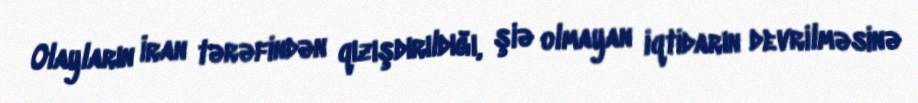
Olayların İran tərəfindən qızışdırıldığı, şiə olmayan iqtidarın devrilməsinə